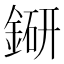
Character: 𨨵